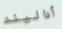
أداليند